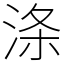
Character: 涤